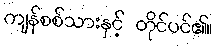
ကျန်စစ်သားနှင့် တိုင်ပင်၏။